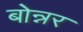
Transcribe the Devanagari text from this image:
बोन्नर